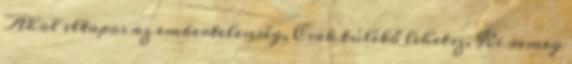
Ahol eltapos az embertelenség, Csak túlélő lehetsz, Ki remeg